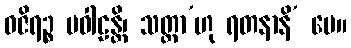
ဝဇိရဉ္စ ပဝါဠန္တိ၊ သတ္တာ’ဟု ရတနာနိ’ မေ။